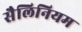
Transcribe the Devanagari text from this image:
सैलिनियम